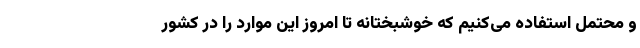
و محتمل استفاده می‌کنیم که خوشبختانه تا امروز این موارد را در کشور